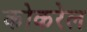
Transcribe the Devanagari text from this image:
कोकरेल